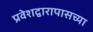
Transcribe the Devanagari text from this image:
प्रवेशद्वारापासच्या